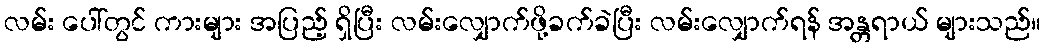
လမ်း ပေါ်တွင် ကားများ အပြည့် ရှိပြီး လမ်းလျှောက်ဖို့ခက်ခဲပြီး လမ်းလျှောက်ရန် အန္တရာယ် များသည်။